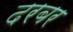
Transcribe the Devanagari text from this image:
दरबर